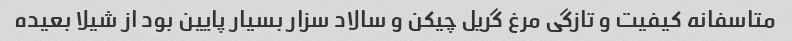
متاسفانه کیفیت و تازگی مرغ گریل چیکن و سالاد سزار بسیار پایین بود از شیلا بعیده